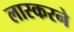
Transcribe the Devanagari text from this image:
लास्करने